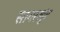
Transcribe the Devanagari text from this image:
सागरखुंट